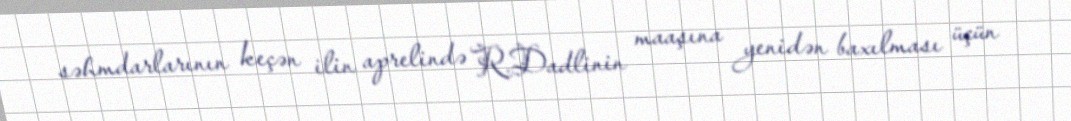
səhmdarlarının keçən ilin aprelində R.Dadlinin maaşına yenidən baxılması üçün